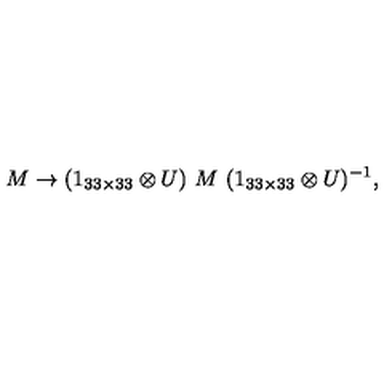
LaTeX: M \rightarrow ( 1 _ { 3 3 \times 3 3 } \otimes U ) \ M \ ( 1 _ { 3 3 \times 3 3 } \otimes U ) ^ { - 1 } ,